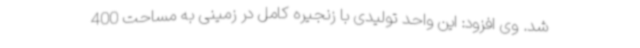
شد. وی افزود: این واحد تولیدی با زنجیره کامل در زمینی به مساحت 400